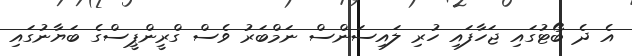
އެ ދެ ބޯޓުގައި ޖަހާފައި ހުރި ލައިސަންސް ނަމްބަރު ވެސް ގްރީންޕީސްގެ ބަޔާނުގައި